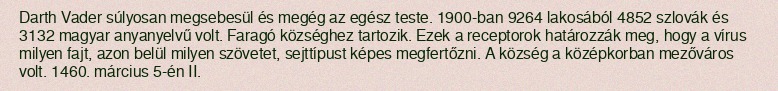
Darth Vader súlyosan megsebesül és megég az egész teste. 1900-ban 9264 lakosából 4852 szlovák és 3132 magyar anyanyelvű volt. Faragó községhez tartozik. Ezek a receptorok határozzák meg, hogy a vírus milyen fajt, azon belül milyen szövetet, sejttípust képes megfertőzni. A község a középkorban mezőváros volt. 1460. március 5-én II.